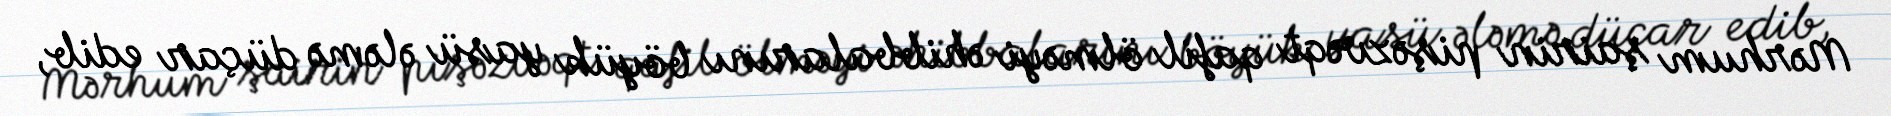
Mərhum şairin pişəzvəqt qafil ölməyi əhibbalarını böyük yasü ələmə düçar edib,